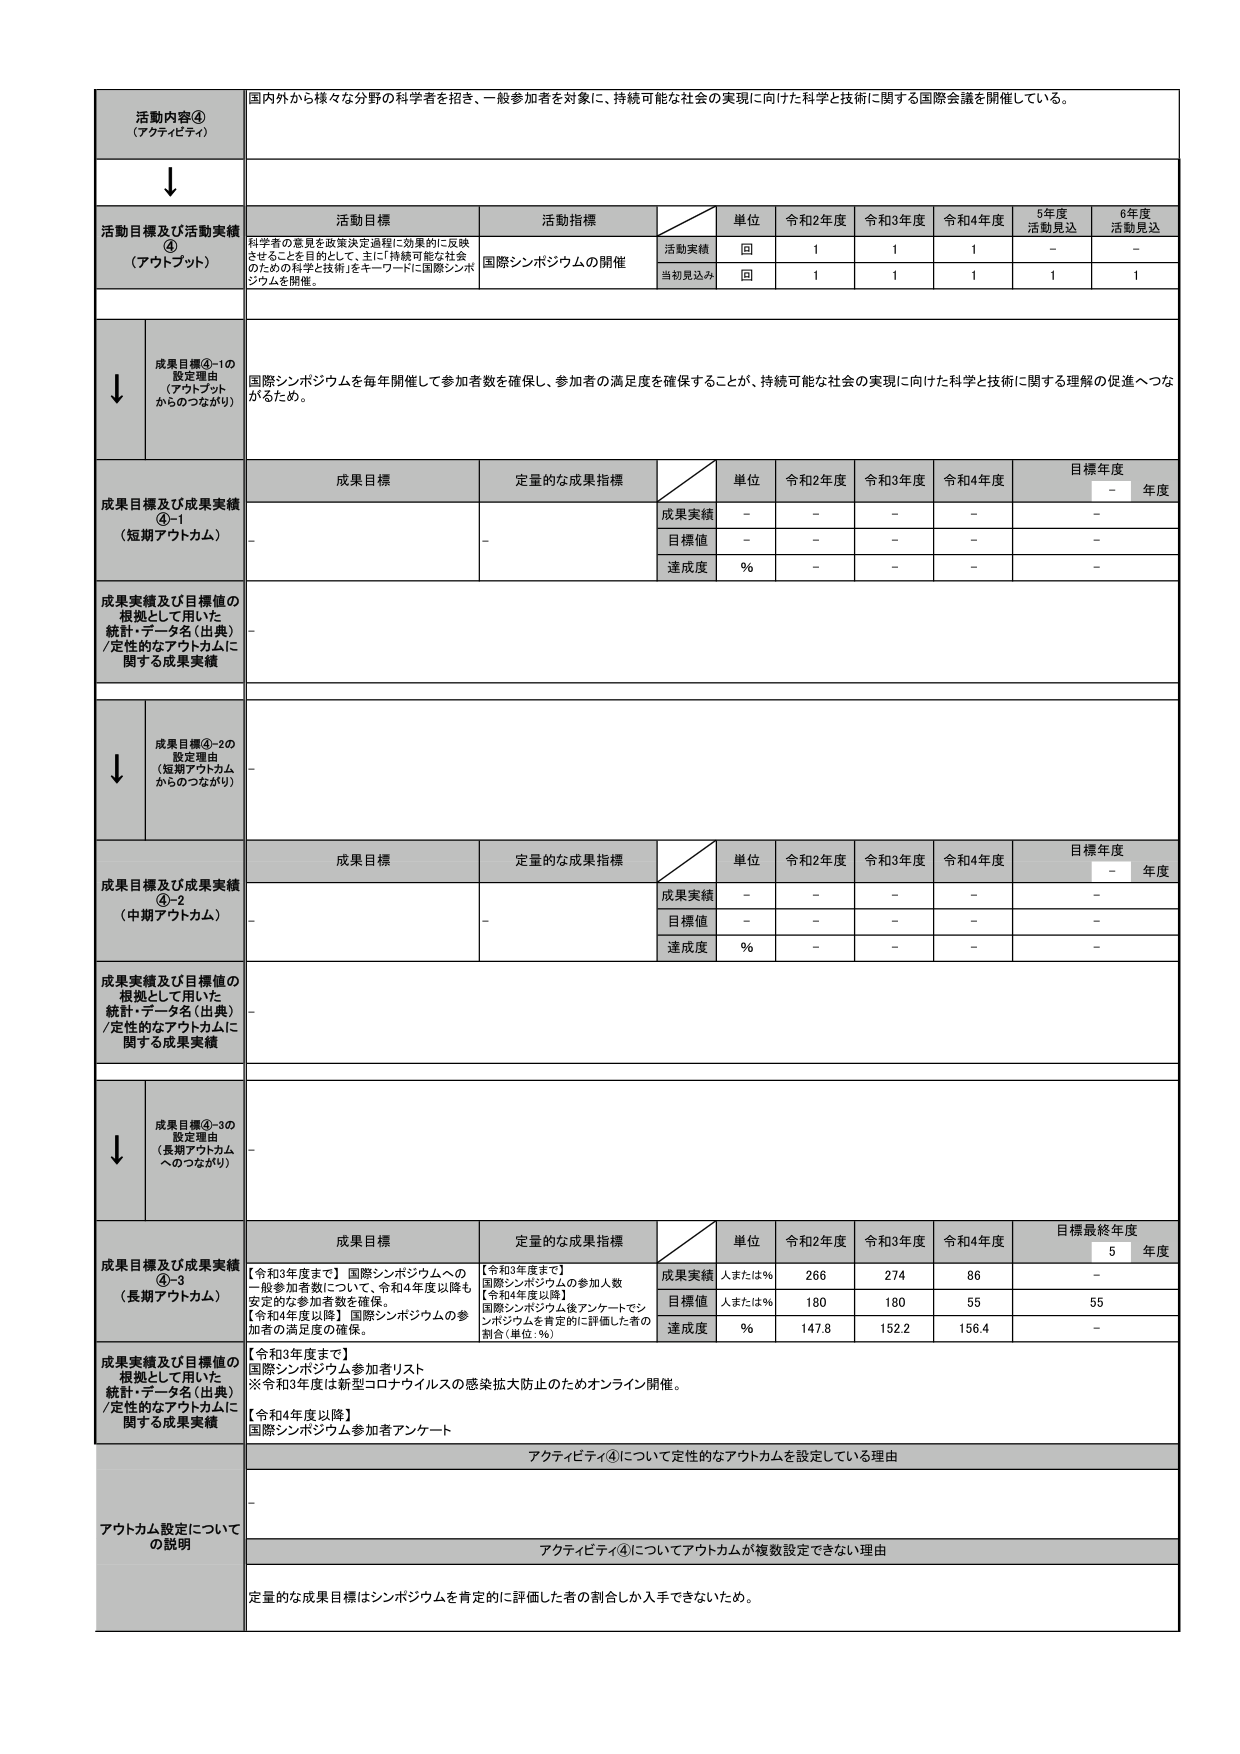
活動内容④
（アクティビティ）
国内外から様々な分野の科学者を招き、一般参加者を対象に、持続可能な社会の実現に向けた科学と技術に関する国際会議を開催している。

↓

活動目標及び活動実績
④
（アウトプット）
活動目標
活動指標
単位
令和2年度
令和3年度
令和4年度
5年度
活動見込
6年度
活動見込
科学者の意見を政策決定過程に効果的に反映させることを目的として、主に「持続可能な社会のための科学と技術」をキーワードに国際シンポジウムを開催。
国際シンポジウムの開催
活動実績
回
1
1
1
－
－
当初見込み
回
1
1
1
1
1

↓
成果目標④-1の
設定理由
（アウトプット
からのつながり）
国際シンポジウムを毎年開催して参加者数を確保し、参加者の満足度を確保することが、持続可能な社会の実現に向けた科学と技術に関する理解の促進へつながるため。

成果目標及び成果実績
④-1
（短期アウトカム）
成果目標
定量的な成果指標
単位
令和2年度
令和3年度
令和4年度
目標年度
－
年度
－
－
成果実績
－
－
－
－
－
目標値
－
－
－
－
－
達成度
%
－
－
－
－

成果実績及び目標値の
根拠として用いた
統計・データ名（出典）
/定性的なアウトカムに
関する成果実績
－

↓
成果目標④-2の
設定理由
（短期アウトカム
からのつながり）
－

成果目標及び成果実績
④-2
（中期アウトカム）
成果目標
定量的な成果指標
単位
令和2年度
令和3年度
令和4年度
目標年度
－
年度
－
－
成果実績
－
－
－
－
－
目標値
－
－
－
－
－
達成度
%
－
－
－
－

成果実績及び目標値の
根拠として用いた
統計・データ名（出典）
/定性的なアウトカムに
関する成果実績
－

↓
成果目標④-3の
設定理由
（長期アウトカム
へのつながり）
－

成果目標及び成果実績
④-3
（長期アウトカム）
成果目標
定量的な成果指標
単位
令和2年度
令和3年度
令和4年度
目標最終年度
5
年度
【令和3年度まで】国際シンポジウムへの一般参加者数について、令和4年度以降も安定的な参加者数を確保。
【令和4年度以降】国際シンポジウムの参加者の満足度の確保。
【令和3年度まで】
国際シンポジウムの参加人数
【令和4年度以降】
国際シンポジウム後アンケートでシンポジウムを肯定的に評価した者の割合（単位：%）
成果実績
人または%
266
274
86
－
目標値
人または%
180
180
55
55
達成度
%
147.8
152.2
156.4
－

成果実績及び目標値の
根拠として用いた
統計・データ名（出典）
/定性的なアウトカムに
関する成果実績
【令和3年度まで】
国際シンポジウム参加者リスト
※令和3年度は新型コロナウイルスの感染拡大防止のためオンライン開催。
【令和4年度以降】
国際シンポジウム参加者アンケート

アウトカム設定について
の説明
アクティビティ④について定性的なアウトカムを設定している理由
－
アクティビティ④についてアウトカムが複数設定できない理由
定量的な成果目標はシンポジウムを肯定的に評価した者の割合しか入手できないため。